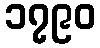
၁၇၉၀